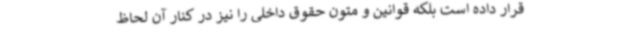
قرار داده است بلکه قوانین و متون حقوق داخلی را نیز در کنار آن لحاظ